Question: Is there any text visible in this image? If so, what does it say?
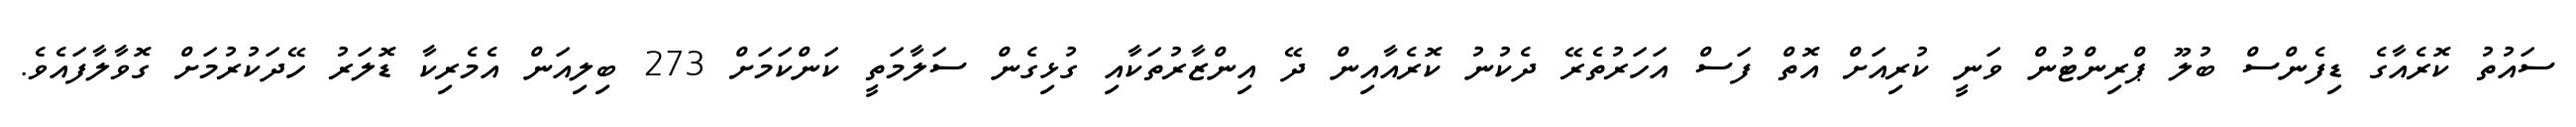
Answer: ސައުތު ކޮރެއާގެ ޑިފެންސް ބުލޫ ޕްރިންޓުން ވަނީ ކުރިއަށް އޮތް ފަސް އަހަރުތެރޭ ދެކުނު ކޮރެއާއިން ދޭ އިންޒާރުތަކާއި ގުޅިގެން ސަލާމަތީ ކަންކަމަށް 273 ބިލިއަން އެމެރިކާ ޑޮލަރު ހޭދަކުރުމަށް ގޮވާލާފައެވެ.